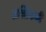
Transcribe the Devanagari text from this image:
शक्तिकमी